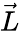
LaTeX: \vec{L}